Civil Veterinary Dept. North-West Frontier Province 1933-46 - 1933-1946
Year: 1933
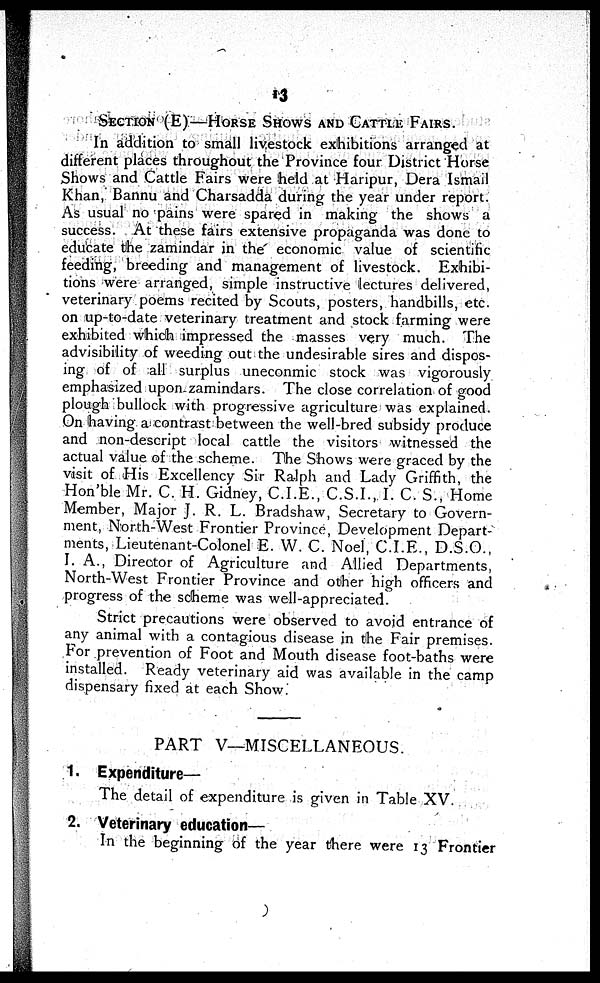
13
SECTION (E)—HORSE SHOWS AND CATTLE FAIRS.
In addition to small livestock exhibitions arranged at
different places throughout the Province four District Horse
Shows and Cattle Fairs were held at Haripur, Dera Ismail
Khan, Bannu and Charsadda during the year under report.
As usual no pains were spared in making the shows a
success. At these fairs extensive propaganda was done to
educate the zamindar in the economic value of scientific
feeding, breeding and management of livestock. Exhibi-
tions were arranged, simple instructive lectures delivered,
veterinary poems recited by Scouts, posters, handbills, etc.
on up-to-date veterinary treatment and stock farming were
exhibited which impressed the masses very much. The
advisibility of weeding out the undesirable sires and dispos-
ing of of all surplus uneconmic stock was vigorously
emphasized upon zamindars. The close correlation of good
plough bullock with progressive agriculture was explained.
On having a contrast between the well-bred subsidy produce
and non-descript local cattle the visitors witnessed the
actual value of the scheme. The Shows were graced by the
visit of His Excellency Sir Ralph and Lady Griffith, the
Hon'ble Mr. C. H. Gidney, C.I.E., C.S.I., I. C. S., Home
Member, Major J. R. L. Bradshaw, Secretary to Govern-
ment, North-West Frontier Province, Development Depart
ments, Lieutenant-Colonel E. W. C. Noel, C.I.E., D.S.O.,
I. A., Director of Agriculture and Allied Departments,
North-West Frontier Province and other high officers and
progress of the scheme was well-appreciated.
Strict precautions were observed to avoid entrance of
any animal with a contagious disease in the Fair premises.
For prevention of Foot and Mouth disease foot-baths were
installed. Ready veterinary aid was available in the camp
dispensary fixed at each Show.
PART V—MISCELLANEOUS.
1. Expenditure—
The detail of expenditure is given in Table XV.
2. Veterinary education—
In the beginning of the year there were 13 Frontier